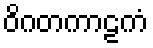
ဝိဂတကာဠကံ